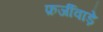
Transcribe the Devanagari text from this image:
फ़र्जीवाड़े